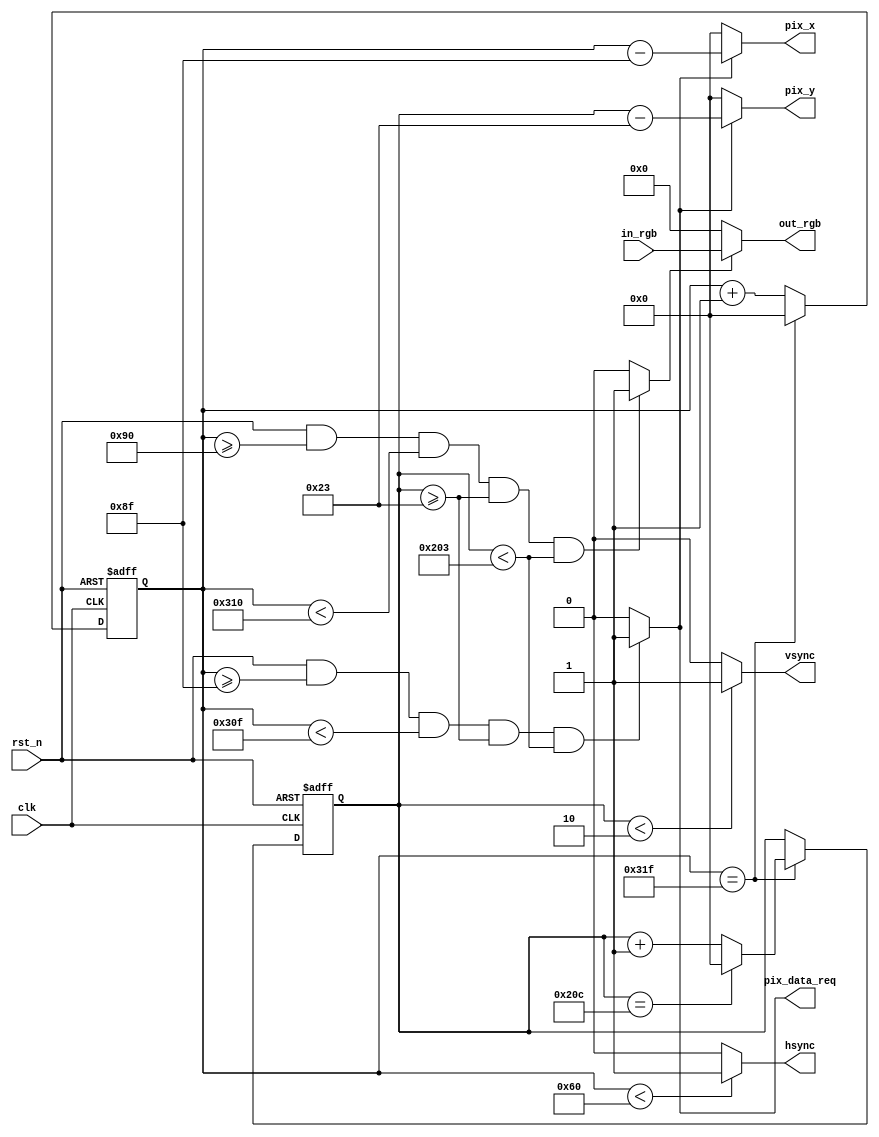
// This program was cloned from: https://github.com/michaelliao/learn-verilog
// License: GNU General Public License v3.0

/***********************************************************************************************

VGA Timings: http://martin.hinner.info/vga/timing.html


                                        H Sync                          V Sync             
  Display Mode   Clock/MHz 
                            Sync   Back   Active  Front  Sync   Back   Active  Front 
                            Pulse  Porch  Video   Porch  Pulse  Porch  Video   Porch 

 640 x 480 @ 60  25.175     96     48     640     16     2      33     480     10    


***********************************************************************************************/

module vga_ctrl #(
    parameter PIX_REQ_OFFSET = 1, // default to 1
    parameter RGB_WIDTH = 16 // 16 = RGB-565, 24 = RGB-888
)
(
    input  wire clk,
    input  wire rst_n,
    input  wire [RGB_WIDTH-1:0] in_rgb,

    output wire hsync,
    output wire vsync,
    output wire pix_data_req,
    output wire [9:0]  pix_x,
    output wire [9:0]  pix_y,
    output wire [RGB_WIDTH-1:0] out_rgb
);

`define DATA_0 10'd0

parameter H_SYNC  = 10'd96,
          H_BACK  = 10'd48,
          H_SIZE  = 10'd640,
          H_FRONT = 10'd16,
          H_TOTAL = H_SYNC + H_BACK + H_SIZE + H_FRONT, // 800
          V_SYNC  = 10'd2,
          V_BACK  = 10'd33,
          V_SIZE  = 10'd480,
          V_FRONT = 10'd10,
          V_TOTAL = V_SYNC + V_BACK + V_SIZE + V_FRONT; // 525

    // 0 ~ 799
    reg [9:0] cnt_h;

    // 0 ~ 524
    reg [9:0] cnt_v;

    wire pix_valid;

    always @ (posedge clk or negedge rst_n) begin
        if (! rst_n)
            cnt_h <= `DATA_0;
        else if (cnt_h == H_TOTAL - 1)
            cnt_h <= `DATA_0;
        else
            cnt_h <= cnt_h + 1;
    end

    always @ (posedge clk or negedge rst_n) begin
        if (! rst_n)
            cnt_v <= `DATA_0;
        else begin
            if (cnt_h == H_TOTAL - 1) begin
				if (cnt_v == V_TOTAL - 1)
					cnt_v <= `DATA_0;
                else
					cnt_v <= cnt_v + 1;
            end else begin
                cnt_v <= cnt_v;
            end
        end
    end

    assign pix_valid = rst_n
			&& (cnt_h >= (H_SYNC + H_BACK))
            && (cnt_h < (H_SYNC + H_BACK + H_SIZE))
            && (cnt_v >= (V_SYNC + V_BACK))
            && (cnt_v < (V_SYNC + V_BACK + V_SIZE))
            ? 1'b1 : 1'b0;

    assign pix_data_req = rst_n
			&& (cnt_h >= (H_SYNC + H_BACK - PIX_REQ_OFFSET))
            && (cnt_h < (H_SYNC + H_BACK + H_SIZE - PIX_REQ_OFFSET))
            && (cnt_v >= (V_SYNC + V_BACK))
            && (cnt_v < (V_SYNC + V_BACK + V_SIZE))
            ? 1'b1 : 1'b0;

    assign pix_x = pix_data_req == 1'b1 ? (cnt_h - (H_SYNC + H_BACK - PIX_REQ_OFFSET)) : `DATA_0;
    assign pix_y = pix_data_req == 1'b1 ? (cnt_v - (V_SYNC + V_BACK)) : `DATA_0;

    assign hsync = cnt_h < H_SYNC ? 1'b1 : 1'b0;

    assign vsync = cnt_v < V_SYNC ? 1'b1 : 1'b0;

    assign out_rgb = pix_valid == 1'b1 ? in_rgb : {RGB_WIDTH{1'b0}};

endmodule